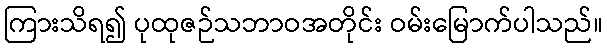
ကြားသိရ၍ ပုထုဇဉ်သဘာဝအတိုင်း ဝမ်းမြောက်ပါသည်။